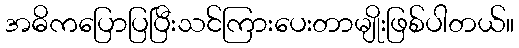
အဓိကပြောပြပြီးသင်ကြားပေးတာမျိုးဖြစ်ပါတယ်။